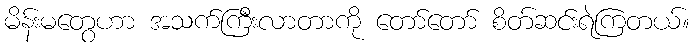
မိန်းမတွေဟာ အသက်ကြီးလာတာကို တော်တော် စိတ်ဆင်းရဲကြတယ်။